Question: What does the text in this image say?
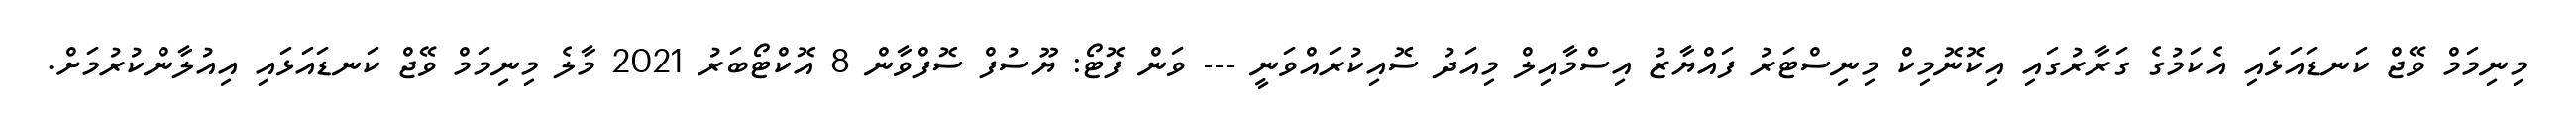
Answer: މިނިމަމް ވޭޖް ކަނޑައަޅައި އެކަމުގެ ގަރާރުގައި އިކޮނޮމިކް މިނިސްޓަރު ފައްޔާޒު އިސްމާއިލް މިއަދު ސޮއިކުރައްވަނީ --- ވަން ފޮޓޯ: ޔޫސުފް ސޮފްވާން 8 އޮކްޓޯބަރު 2021 މާލެ މިނިމަމް ވޭޖް ކަނޑައަޅައި އިއުލާންކުރުމަށް.